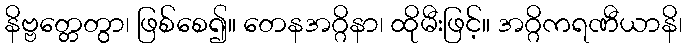
နိဗ္ဗတ္တေတွာ၊ ဖြစ်စေ၍။ တေနအဂ္ဂိနာ၊ ထိုမီးဖြင့်။ အဂ္ဂိကရဏီယာနိ၊